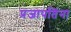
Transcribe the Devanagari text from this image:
प्रजापतिंना